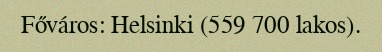
Főváros: Helsinki (559 700 lakos).